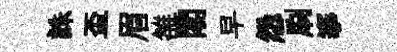
誅盃眉雒閣早怨刷搴